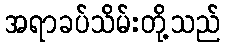
အရာခပ်သိမ်းတို့သည်